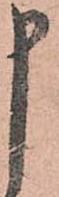
申